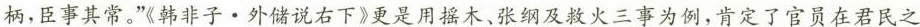
柄，臣事其常。”《韩非子 · 外储说右下》更是用摇木、张纲及救火三事为例，肯定了官员在君民之